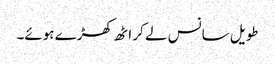
طویل سانس لے کر اٹھ کھڑے ہوئے۔